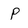
Character: P